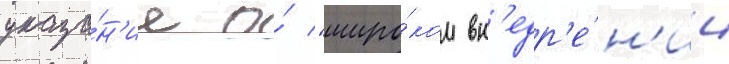
указа́н'ие о́ "широ́ком вн'едр'е́н'ии